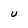
Character: U